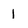
Character: 1